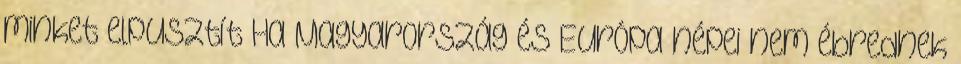
minket elpusztít Ha Magyarország és Európa népei nem ébrednek